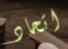
اتحاد